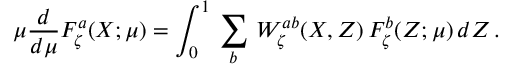
\mu \frac { d } { d \mu } { \cal F } _ { \zeta } ^ { a } ( X ; \mu ) = \int _ { 0 } ^ { 1 } \, \sum _ { b } \, W _ { \zeta } ^ { a b } ( X , Z ) \, { \cal F } _ { \zeta } ^ { b } ( Z ; \mu ) \, d Z \, .